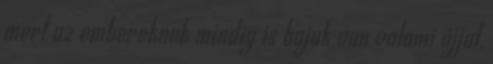
mert az embereknek mindig is bajuk van valami újjal,